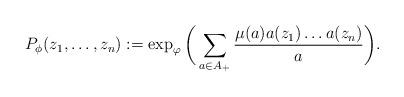
LaTeX: \begin{align*}P_{\phi}(z_1,\dots,z_n):=\exp_{\varphi}\bigg(\sum_{a\in A_{+}} \frac{\mu(a)a(z_1)\dots a(z_n)}{a}\bigg).\end{align*}